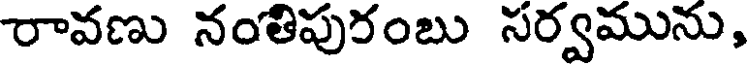
రావణు నంతిపురంబు సర్వమును,